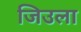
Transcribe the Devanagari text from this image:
जिउला